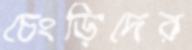
চেংড়িদের